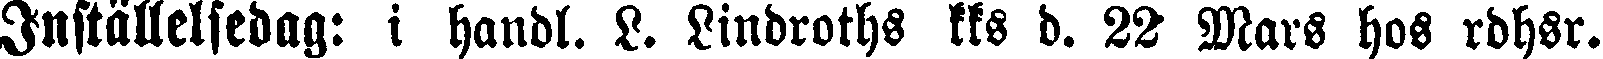
Inställelsedag: i handl. L. Lindroths kks d. 22 Mars hos rdhsr.